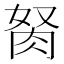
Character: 胬